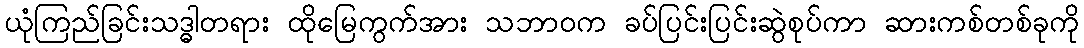
ယုံကြည်ခြင်းသဒ္ဓါတရား ထိုမြေကွက်အား သဘာဝက ခပ်ပြင်းပြင်းဆွဲစုပ်ကာ ဆားကစ်တစ်ခုကို